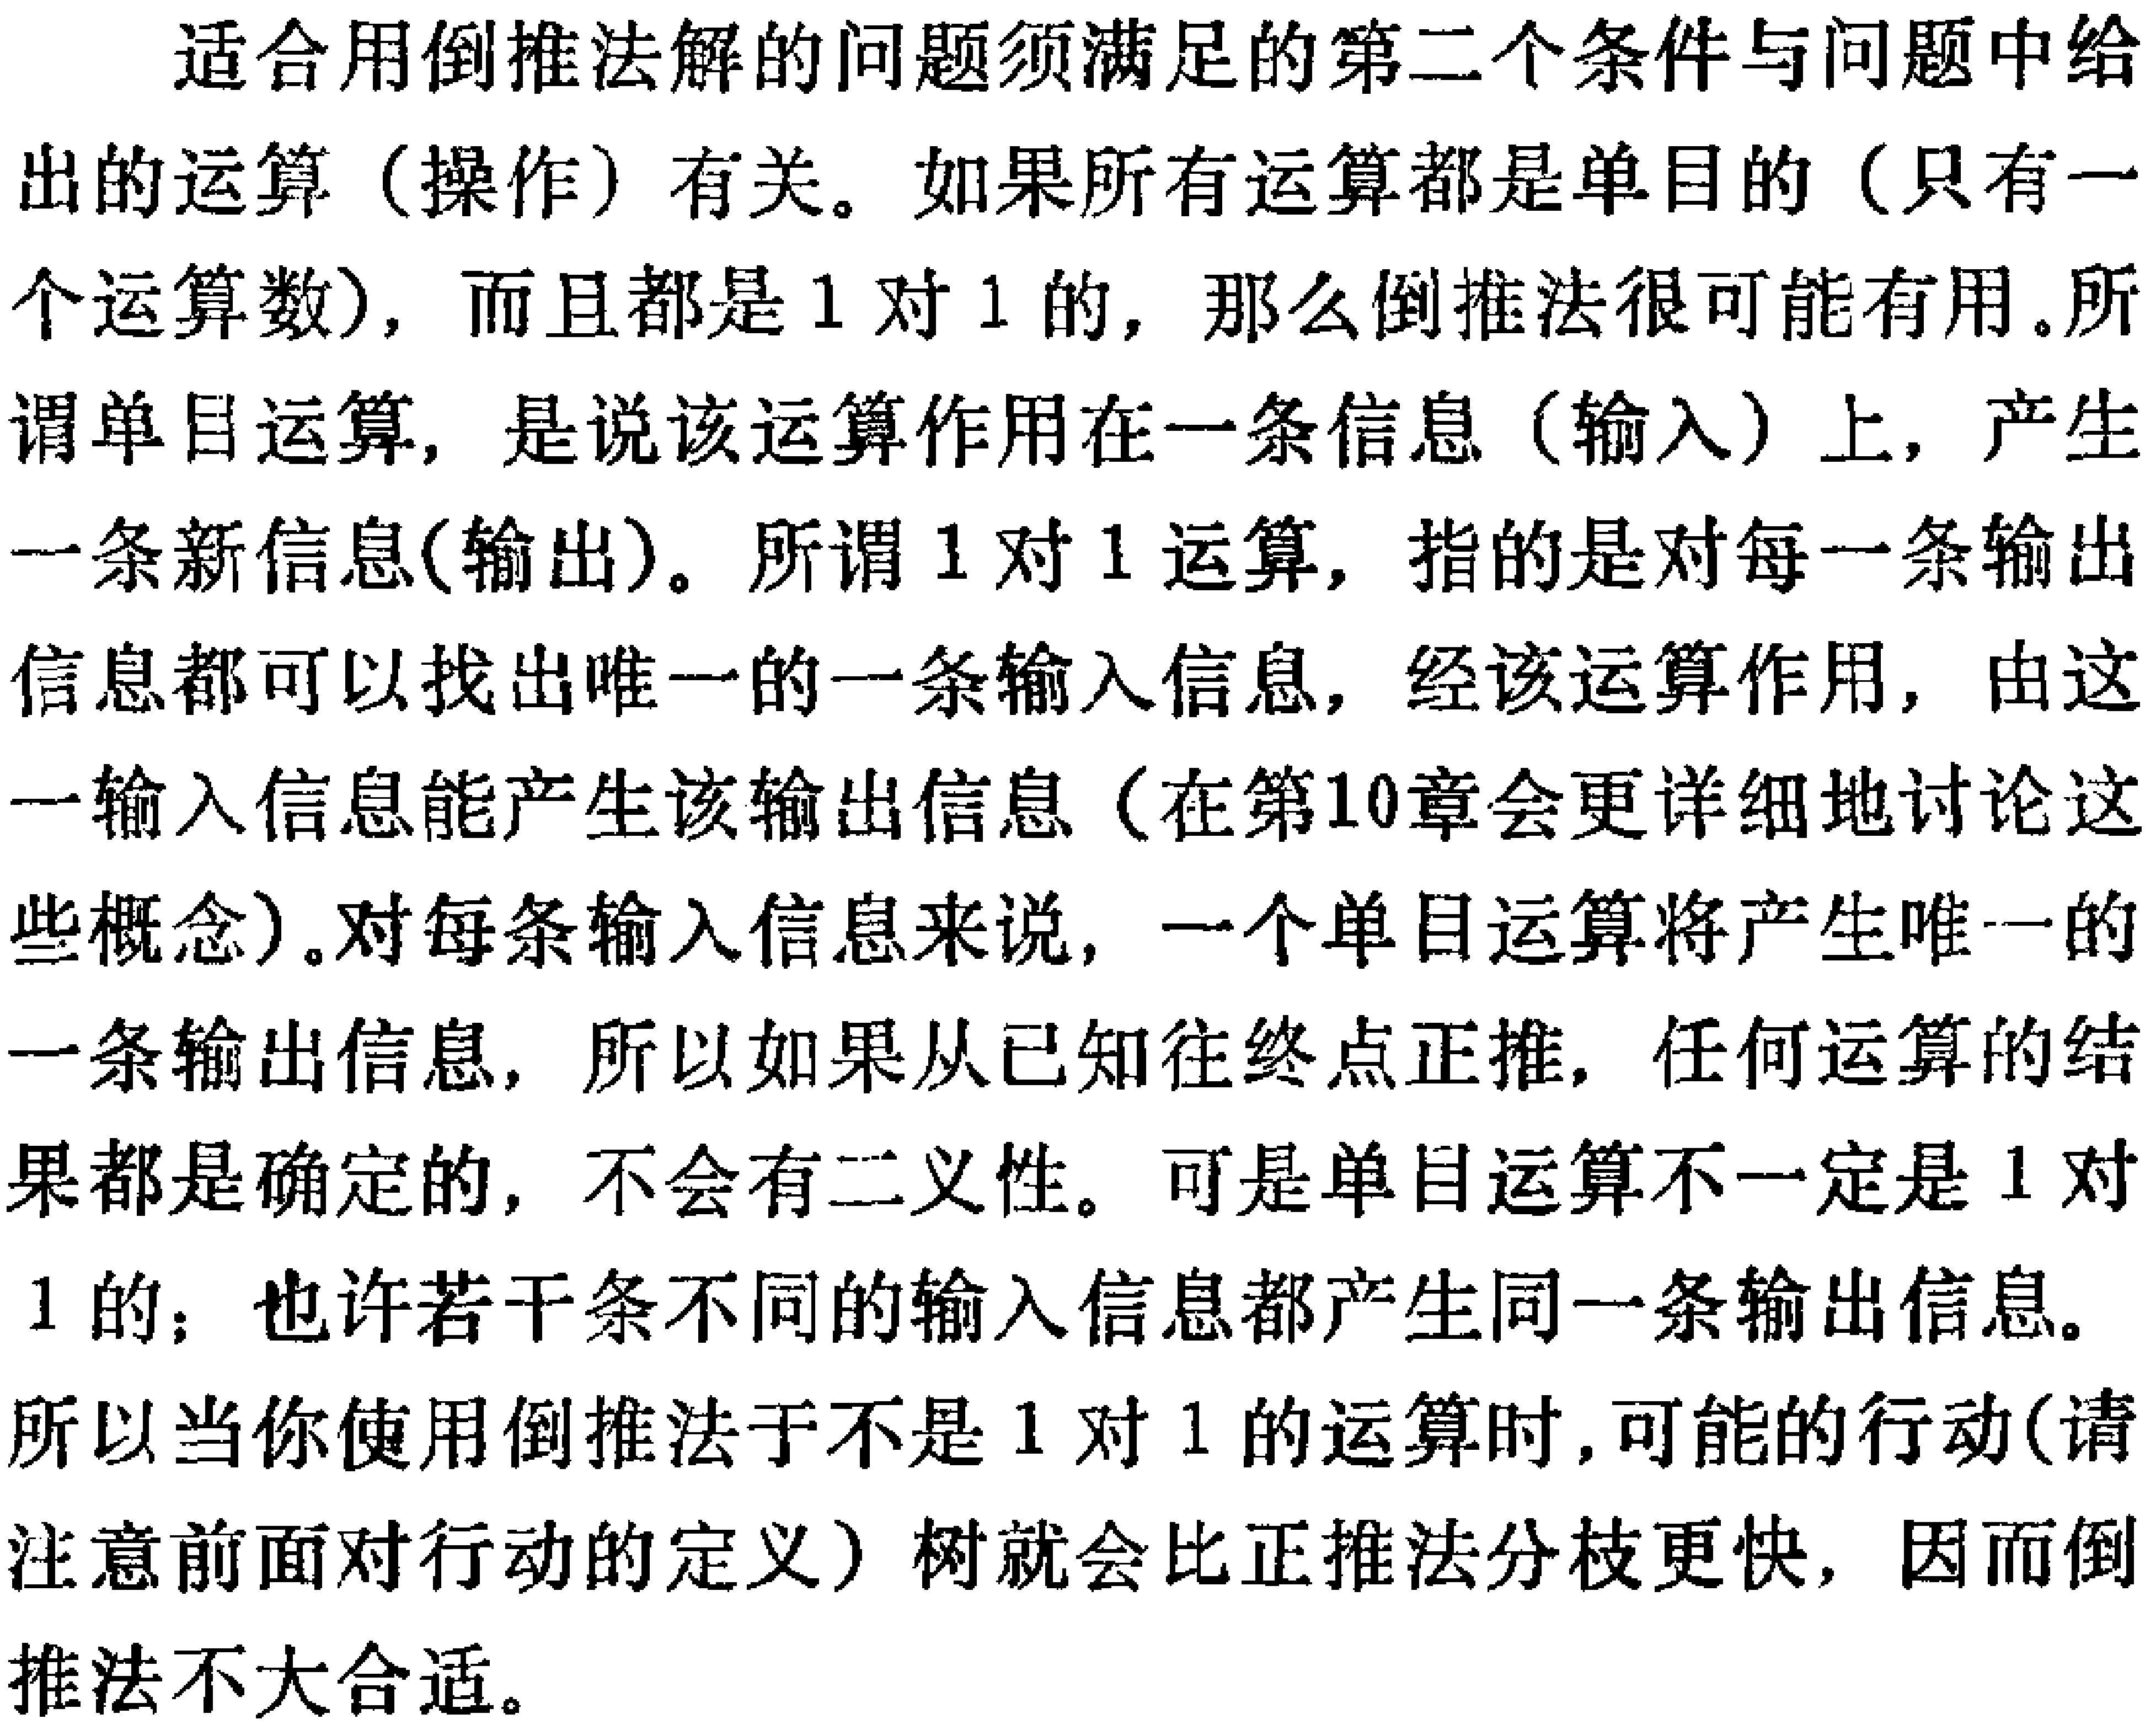
适合用倒推法解的问题须满足的第二个条件与问题中给
出的运算（操作）有关。如果所有运算都是单目的（只有一
个运算数)，而且都是 1 对 1 的，那么倒推法很可能有用。所
谓单目运算，是说该运算作用在一条信息（输入）上，产生
一条新信息(输出)。所谓 1 对 1 运算，指的是对每一条输出
信息都可以找出唯一的一条输入信息，经该运算作用，由这
一输入信息能产生该输出信息（在第10章会更详细地讨论这
些概念）。对每条输入信息来说，一个单目运算将产生唯一的
一条输出信息，所以如果从已知往终点正推，任何运算的结
果都是确定的，不会有二义性。可是单目运算不一定是 1 对
1 的；也许若干条不同的输入信息都产生同一条输出信息。
所以当你使用倒推法于不是 1 对 1 的运算时，可能的行动(请
注意前面对行动的定义）树就会比正推法分枝更快，因而倒
推法不大合适。